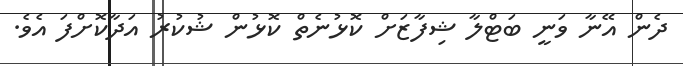
ދެން އޭނާ ވަނީ ބަޓްލާ ޝިފާޒަށް ކޮޅުނެތް ކޮޅުން ޝުކުރު އަދާކޮށްފަ އެވެ.